Reports on dispensaries and lunatic asylums in the Province of Oudh - 1869-1876
Year: 1869
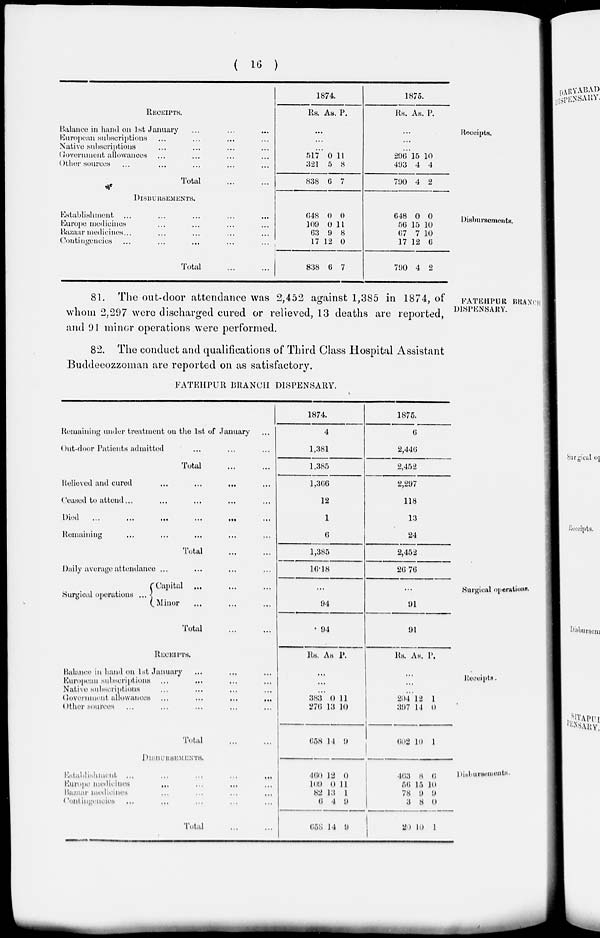
( 16 )
Receipts.
RECEIPTS.
Balance in hand on 1st January ... ... ...
European subscriptions ... ... ... ...
Native subscriptions ... ... ... ...
Government allowances ... ... ... ...
Other sources ... ... ... ... ...
Total ... ...
1874
Rs. As P.
...
...
...
517
321
838
0
5
6
11
8
7
1875.
Rs. As. P.
...
...
...
296
493
790
15
4
4
10
4
2
Disbursements.
DISBURSEMENTS.
Establishment ... ... ... ...
Europe medicines ... ... ... ... ...
Bazaar medicines ... ... ... ... ...
Contingencies ... ... ... ... ...
Total ... ...
648
109
63
17
838
0
0
9
12
6
0
11
8
0
7
648
50
67
17
790
0
15
7
12
4
0
10
10
6
2
FATEHPUR BRANCH
DISPENSARY.
81. The out-door attendance was 2,452 against 1,385 in 1874, of
whom 2,297 were discharged cured or relieved, 13 deaths are reported,
and 91 minor operations were performed.
82. The conduct and qualifications of Third Class Hospital Assistant
Buddeeozzoman are reported on as satisfactory.
FATEHPUR BRANCH DISPENSARY.
Remaining under treatment on the 1st of January ...
Out-door Patients admitted ... ... ...
Total ... ...
Relieved and cured ... ... ... ...
Ceased to attend ... ... ... ... ...
Died
...
...
...
...
...
Remaining ... ... ... ... ...
Total ... ...
Daily average attendance ... ... ... ...
1874.
4
1,381
1,385
1,366
12
1
6
1,385
16.18
1875.
6
2,440
2,452
2,297
118
13
24
2,452
26.76
Surgical operations.
Surgical operations ...
Capital ... ... ...
Minor ... ... ...
Total ... ...
...
94
94
...
91
91
Receipt.
RECEIPTS.
Balance in hand on 1st January ... ... ...
European subscriptions ... ... ... ...
Native subscriptions ... ... ... ...
Government allowances
...
...
...
...
...
Other sources ... ... ... ... ...
Total ... ...
Rs. As. P.
...
...
...
383
276
658
0
13
14
11
10
9
Rs. As. P.
...
...
...
204
397
602
12
14
10
1
0
1
Disburcements.
DISBURSEMENTS.
Establishment
...
...
...
...
...
Europe medicines ... ... ... ...
Bazaar medicines ... ... ... ...
Contingencies ... ... ... ...
Total ... ...
460
109
82
6
658
12
0
13
4
14
0
11
1
9
9
463
56
78
3
620
8
15
9
8
10
6
10
9
0
1